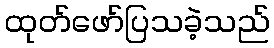
ထုတ်ဖော်ပြသခဲ့သည်